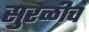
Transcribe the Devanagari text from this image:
सुरळीचं